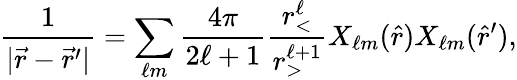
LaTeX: \frac{1}{|\vec{r}-\vec{r}^{\prime}|}=\sum_{\ell m}\frac{4\pi}{2\ell+1}\frac{r_{<}^{\ell}}{r_{>}^{\ell+1}}X_{\ell m}(\hat{r})X_{\ell m}(\hat{r}^{\prime}),